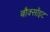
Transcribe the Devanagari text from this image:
बौक्सॉइट